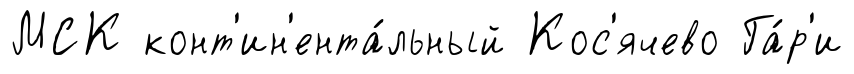
МСК конт'ин'ента́льный Кос'ячево Га́р'и